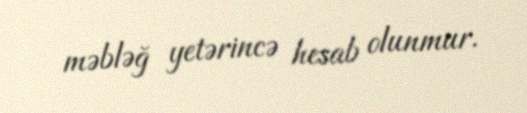
məbləğ yetərincə hesab olunmur.